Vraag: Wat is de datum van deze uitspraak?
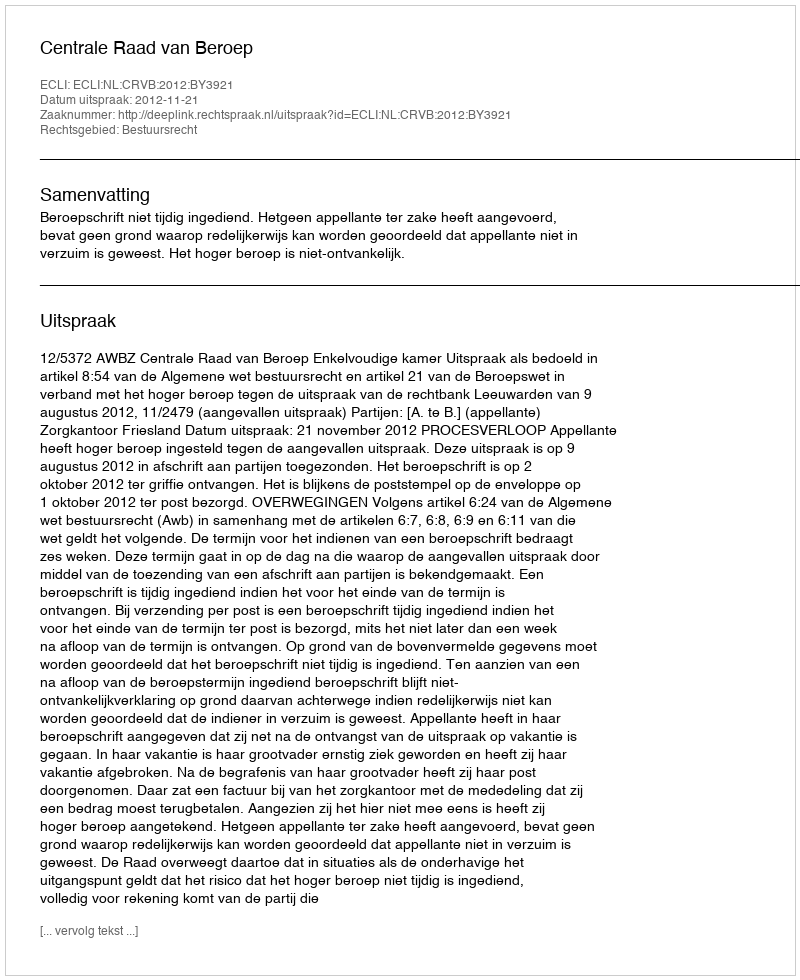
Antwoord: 2012-11-21